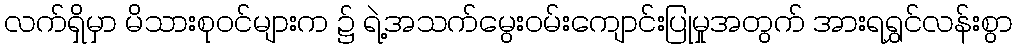
လက်ရှိမှာ မိသားစုဝင်များက ၌ ရဲ့အသက်မွေးဝမ်းကျောင်းပြုမှုအတွက် အားရရွှင်လန်းစွာ